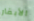
الأبقار